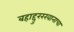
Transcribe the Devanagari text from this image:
बहाद्दुररखानाचा